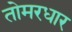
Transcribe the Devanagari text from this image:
तोमरधार